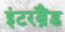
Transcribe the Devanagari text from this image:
इंटरब्रैंड